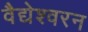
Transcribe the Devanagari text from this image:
वैद्येश्वरन